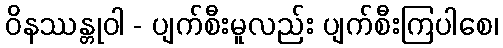
ဝိနဿန္တုဝါ - ပျက်စီးမူလည်း ပျက်စီးကြပါစေ၊